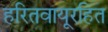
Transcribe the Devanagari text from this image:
हरितवायूरहित